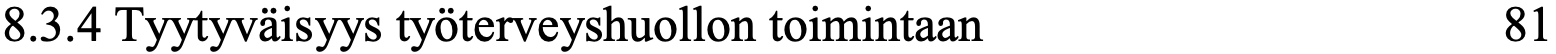
8.3.4 Tyytyväisyys työterveyshuollon toimintaan   81